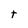
Character: t